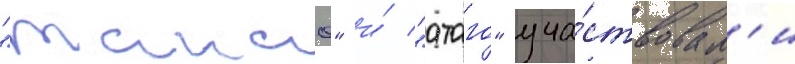
"такао" и́ "атаго" уча́ствовал'и